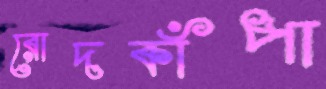
রোদকাঁপা